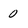
Character: 0